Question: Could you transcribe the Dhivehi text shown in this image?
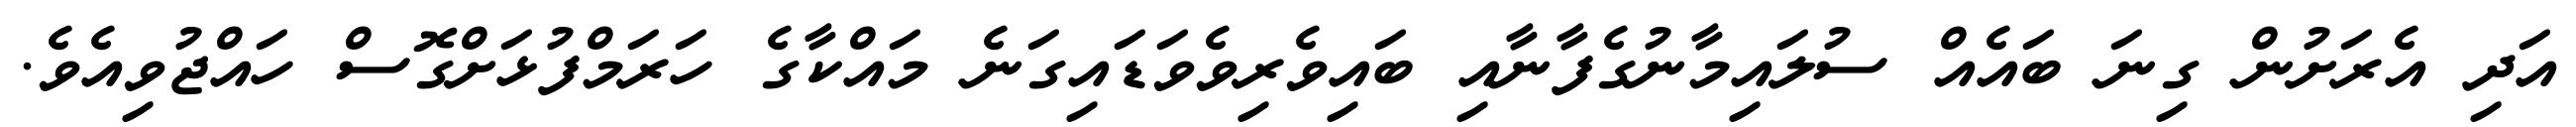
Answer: އަދި އެރަށުން ގިނަ ބައެއް ސުލައިމާނުގެފާނާއި ބައިވެރިވެވަޑައިގަނެ މައްކާގެ ހަރަމްފުޅަށްގޮސް ހައްޖުވިއެވެ.